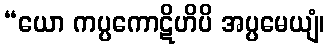
“ယော ကပ္ပကောဋိဟိပိ အပ္ပမေယျံ၊